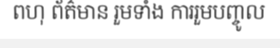
ពហុ ព័ត៌មាន រួមទាំង ការរួមបញ្ចូល